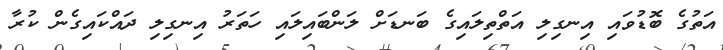
އަތުގެ ބޮޑުވައި އިނގިލި އަތްތިލައިގެ ބަނޑަށް ލަންބައިލައި ހަތަރު އިނގިލި ދައްކައިގެން ކުރާ